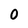
Character: 0